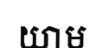
យាម